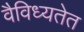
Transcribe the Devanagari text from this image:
वैविध्यतेत